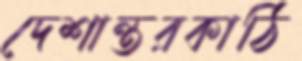
দেশান্তরকাঠি